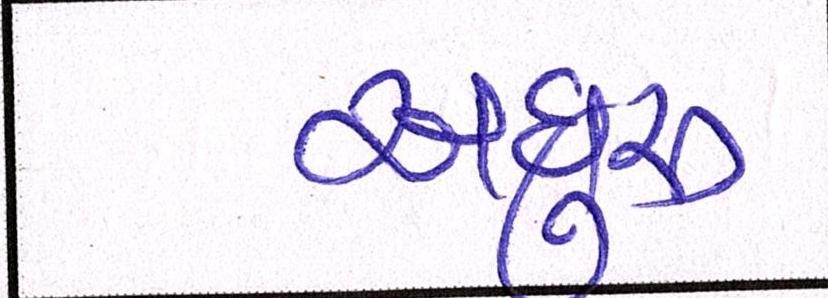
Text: અધુરુ